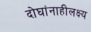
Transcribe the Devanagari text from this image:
दोघांनाहीलक्ष्य